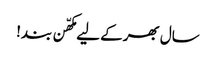
سال بھر کے لیے مکھّن بند!